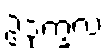
ဥဒုက္ခလံ